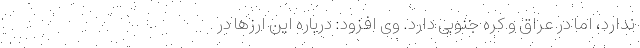
ندارد، اما در عراق و کره جنوبی دارد. وی افزود: درباره این ارزها در